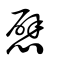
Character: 憵